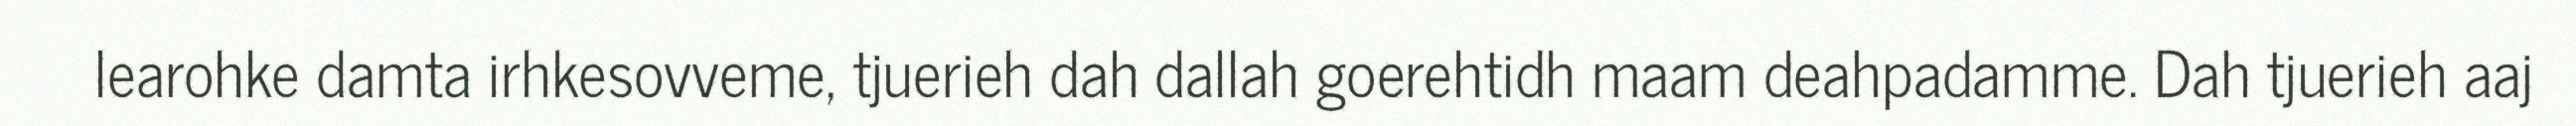
learohke damta irhkesovveme, tjuerieh dah dallah goerehtidh maam deahpadamme. Dah tjuerieh aaj